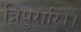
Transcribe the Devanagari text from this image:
त्रिपुरारि।।